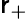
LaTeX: \mathsf{r}_{+}